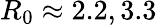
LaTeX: R_{0}\approx 2.2,3.3